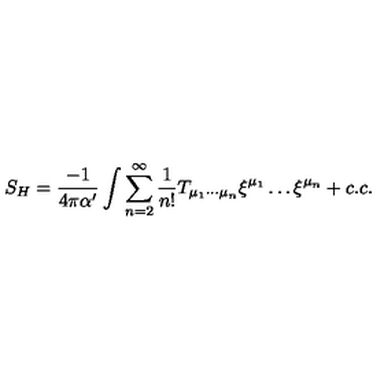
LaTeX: S _ { H } = \frac { - 1 } { 4 \pi \alpha ^ { \prime } } \int \sum _ { n = 2 } ^ { \infty } \frac { 1 } { n ! } T _ { \mu _ { 1 } \cdots \mu _ { n } } \xi ^ { \mu _ { 1 } } \ldots \xi ^ { \mu _ { n } } + c . c .